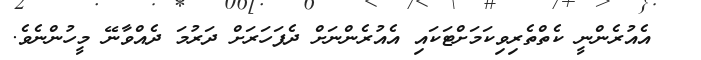
އެއުރެންނީ ކެތްތެރިވިކަމަށްޓަކައި އެއުރެންނަށް ދެފަހަރަށް ދަރުމަ ދެއްވާނޭ މީހުންނެވެ.